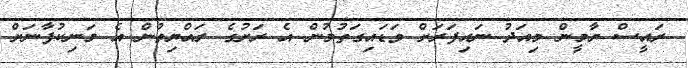
ރައީސް ޔާމީން މިއަދު ނައިފަރަަށް ވަޑައިގަތުމުން އެ ރަށުގެ ރައްޔިތުން އެ މަނިކުފާނަށް